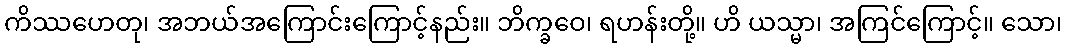
ကိဿဟေတု၊ အဘယ်အကြောင်းကြောင့်နည်း။ ဘိက္ခဝေ၊ ရဟန်းတို့။ ဟိ ယသ္မာ၊ အကြင်ကြောင့်။ သော၊